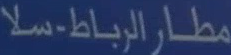
مطار-الرباط-سلا